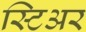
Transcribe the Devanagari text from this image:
स्टिअर